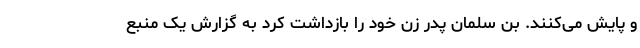
و پایش می‌کنند. بن سلمان پدر زن خود را بازداشت کرد به گزارش یک منبع